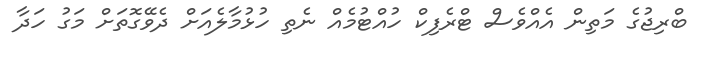
ބްރިޖުގެ މަތިން އެއްވެސް ޓްރެފިކް ހުއްޓުމެއް ނެތި ހުޅުމާލެއަށް ދެވޭގޮތަށް މަގު ހަދާ